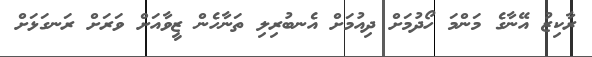
ރާކިޒު އޭނާގެ މަންމަ ހޯދުމަށް ދިއުމަށް އެނބުރިލި ތަނާހެން ޒީވާއަށް ވަރަށް ރަނގަޅަށް